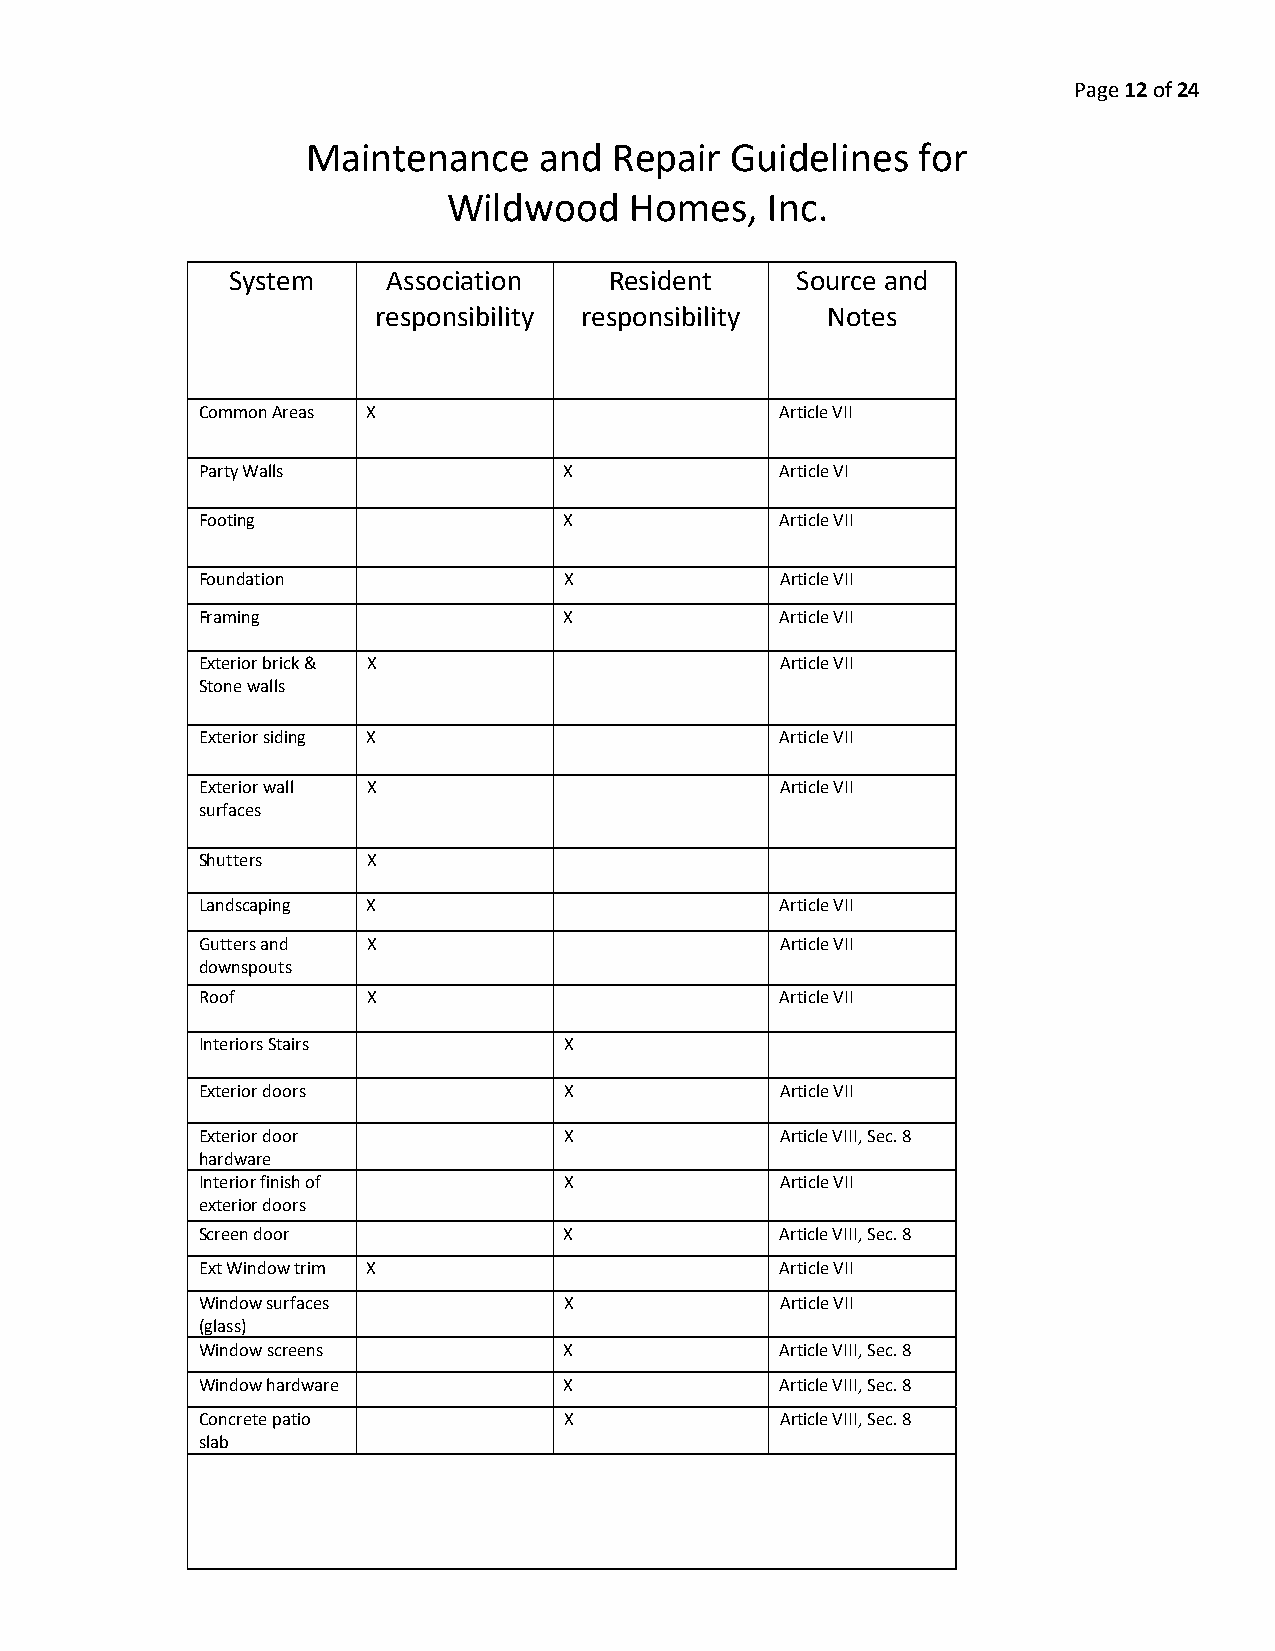
Page 12 of 24
 Maintenance     and  Repair Guidelines   for
 Wildwood    Homes,   Inc.
 System     Association   Resident     Source and
 responsibility responsibility Notes
 Common Areas X                         Article VII
 Party Walls             X              Article VI
 Footing                 X              Article VII
 Foundation              X              Article VII
 Framing                 X              Article VII
 Exterior brick & X                     Article VII
 Stone walls
 Exterior siding X                      Article VII
 Exterior wall X                        Article VII
 surfaces
 Shutters   X
 Landscaping X                          Article VII
 Gutters and X                          Article VII
 downspouts
 Roof       X                           Article VII
 Interiors Stairs        X
 Exterior doors          X              Article VII
 Exterior door           X              Article VIII, Sec. 8
 hardware
 Interior finish of      X              Article VII
 exterior doors
 Screen door             X              Article VIII, Sec. 8
 Ext Window trim X                      Article VII
 Window surfaces         X              Article VII
 (glass)
 Window screens          X              Article VIII, Sec. 8
 Window hardware         X              Article VIII, Sec. 8
 Concrete patio          X              Article VIII, Sec. 8
 slab